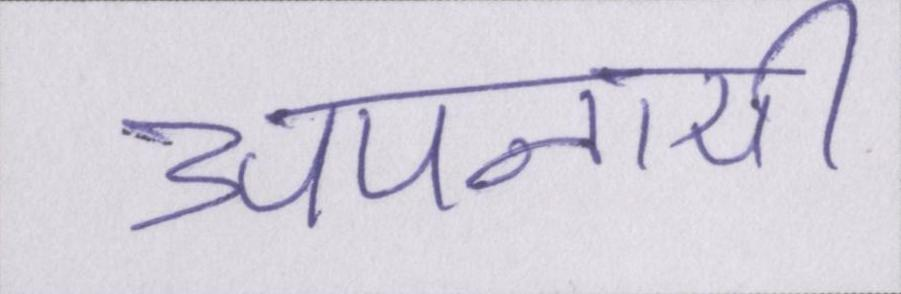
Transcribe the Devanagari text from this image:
अपनायी